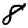
Digit: 8